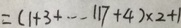
= ( 1 + 3 + \cdots 1 1 7 + 4 ) \times 2 + 1